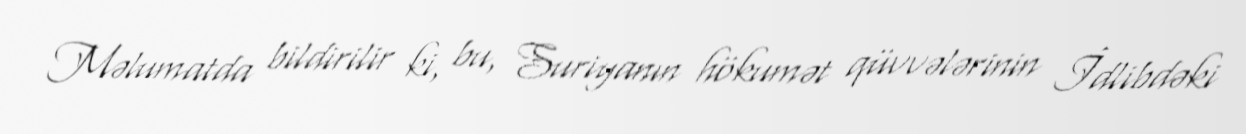
Məlumatda bildirilir ki, bu, Suriyanın hökumət qüvvələrinin İdlibdəki